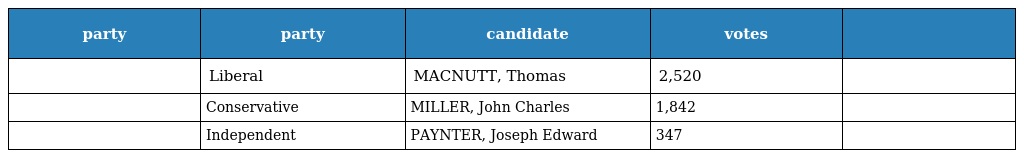
| party | party | candidate | votes |  |
 | --- | --- | --- | --- | --- |
 |  | Liberal | MACNUTT, Thomas | 2,520 |  |
 |  | Conservative | MILLER, John Charles | 1,842 |  |
 |  | Independent | PAYNTER, Joseph Edward | 347 |  |